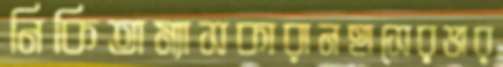
নিকিতাম্যাসকারানহাসেরভার্